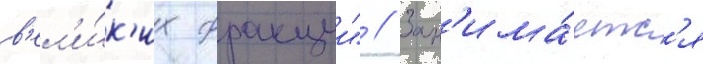
в'ел'и́к'их фракции" // Зан'има́етс'я